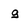
Character: g